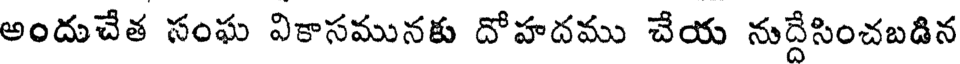
అందుచేత సంఘ వికాసమునకు దోహదము చేయ నుద్దేసించబడిన